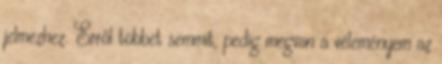
jelmezhez. Erről többet semmit, pedig megvan a véleményem az